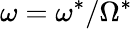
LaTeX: \omega=\omega^{*}/\Omega^{*}